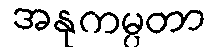
အနုကမ္ပတာ